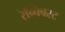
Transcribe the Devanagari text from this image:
रेन्क्विस्ट